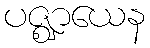
ပဇ္ဈာယေန